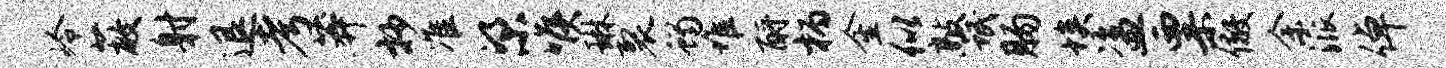
冷蔽射退考莽抄准梁喉琳裂蝎堆酹柄金似敲氓肠埃盗粟儆余派倬